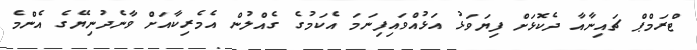
ޓްރަމްޕް ޗައިނާއާ ދެކޮޅަށް ފިޔަވަޅު އަޅުއްވައިފިނަމަ އެކަމުގެ ގެއްލުން އެމެރިކާއަށް ވާނެދުނިޔޭގެ އެންމެ